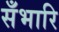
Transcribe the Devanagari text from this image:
सँभारि